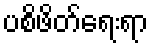
ပစိဖိတ်ရေးရာ